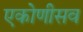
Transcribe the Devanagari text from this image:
एकोणीसव